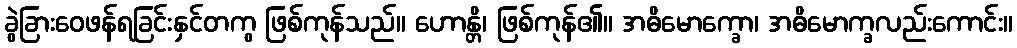
ခွဲခြားဝေဖန်ရခြင်းနှင်တကွ ဖြစ်ကုန်သည်။ ဟောန္တိ၊ ဖြစ်ကုန်၏။ အဓိမောက္ခော၊ အဓိမောက္ခလည်းကောင်း။